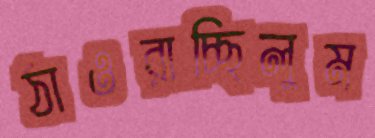
ঠাওরাচ্ছিলুম